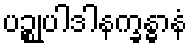
ပဉ္စုပါဒါနက္ခန္ဓာနံ